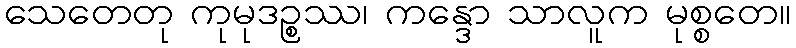
သေတေတု ကုမုဒဉ္စဿ၊ ကန္ဒော သာလူက မုစ္စတေ။